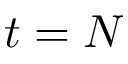
t = N